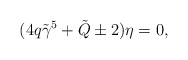
\begin{align*}(4q\tilde\gamma^5+\tilde Q\pm2)\eta=0,\end{align*}